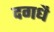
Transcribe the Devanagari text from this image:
दगधै